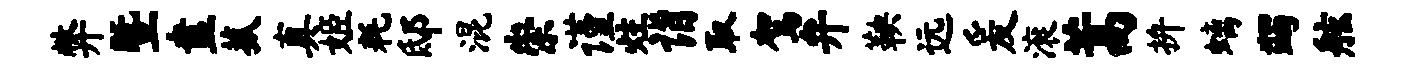
弊暨盍菰真姬耗邸混崇谨炷诣取驾弁鞅远爰滚蒿拚螭蠲舷